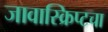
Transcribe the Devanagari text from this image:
जावास्क्रिप्टचा